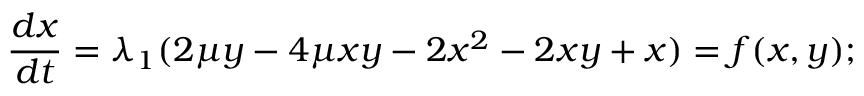
\frac { d x } { d t } = \lambda _ { 1 } ( 2 \mu y - 4 \mu x y - 2 x ^ { 2 } - 2 x y + x ) = f ( x , y ) ;